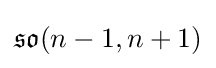
{\mathfrak {so}}(n-1,n+1)